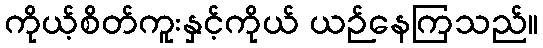
ကိုယ့်စိတ်ကူးနှင့်ကိုယ် ယဉ်နေကြသည်။